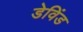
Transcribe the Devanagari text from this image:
डेविंड